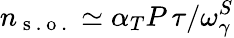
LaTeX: n_{\mathrm{~s~.~o~.~}}\simeq\alpha_{T}P\, \tau/\omega_{\gamma}^{S}